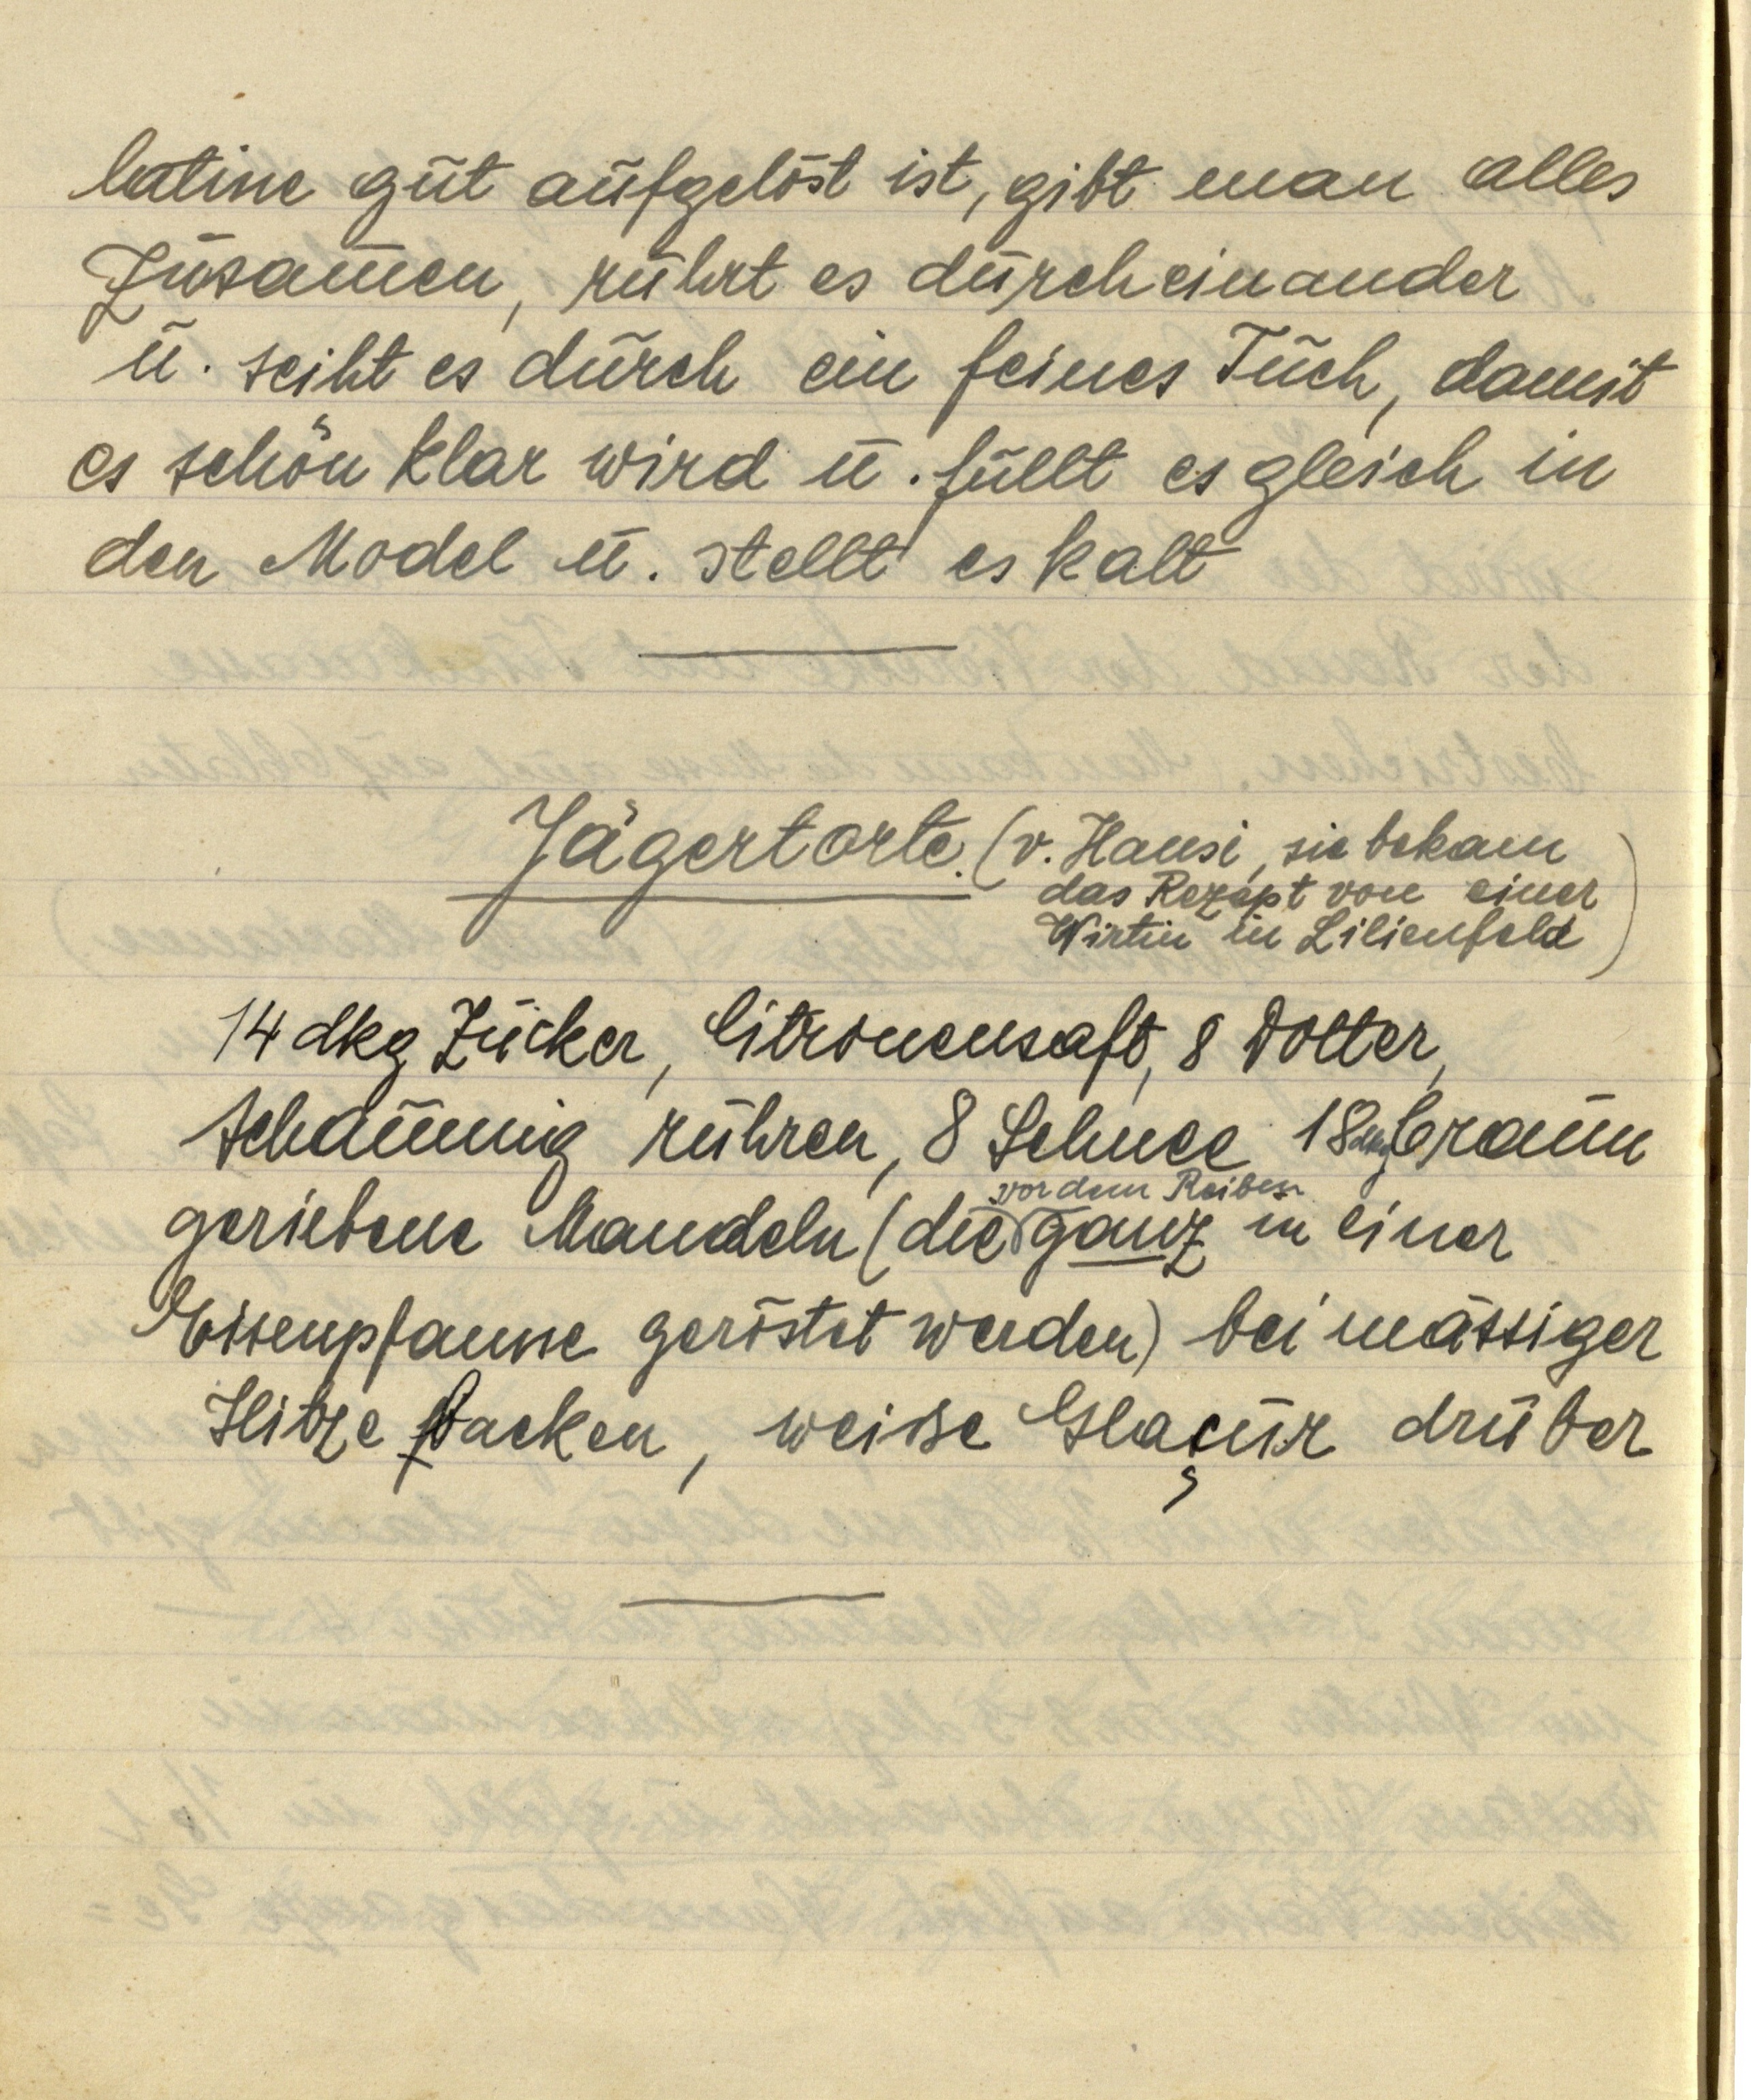
latine gut aufgelöst ist, gibt man alles
zusammen, rührt es durcheinander
u. seiht es durch ein feines Tuch, damit
es schön klar wird u. füllt es gleich in
den Model u. stellt es kalt

Jägertorte.

(v. Hansi, sie bekam
das Rezept von einer
Wirtin in Lilienfeld)

14 dkg Zucker, Citronensaft, 8 Dotter,
schaumig rühren, 8 Schnee 18 dkg braune
geriebene mandeln (die vor dem Reiben ganz in einer
Eisenpfanne geröstet werden) bei mässiger
Hitze backen, weiße Glacur drüber